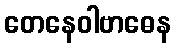
တေနေဝါဗာဓေန